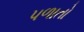
પળાતો